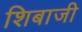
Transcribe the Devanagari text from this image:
शिबाजी